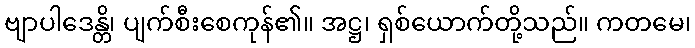
ဗျာပါဒေန္တိ၊ ပျက်စီးစေကုန်၏။ အဋ္ဌ၊ ရှစ်ယောက်တို့သည်။ ကတမေ၊